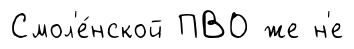
Смол'е́нской ПВО же н'е